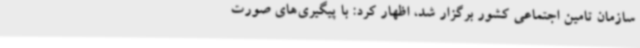
سازمان تامین اجتماعی کشور برگزار شد، اظهار کرد: با پیگیری‌های صورت